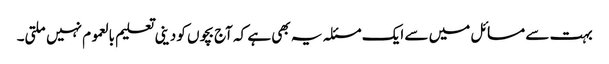
بہت سے مسائل میں سے ایک مسئلہ یہ بھی ہے کہ آج بچوں کو دینی تعلیم بالعموم نہیں ملتی۔